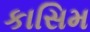
કાસિમ